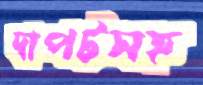
দাপটসহ